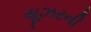
યૂઝરની